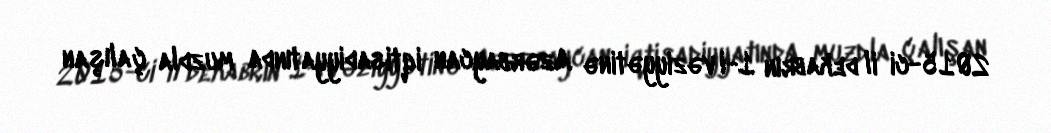
2015-ci il dekabrın 1-i vəziyyətinə Azərbaycan iqtisadiyyatında muzdla çalışan